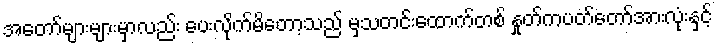
အတော်များများမှာလည်း ပေးလိုက်မိတော့သည် မှသတင်းထောက်တစ် နှုတ်ကပတ်တော်အားလုံးနှင့်